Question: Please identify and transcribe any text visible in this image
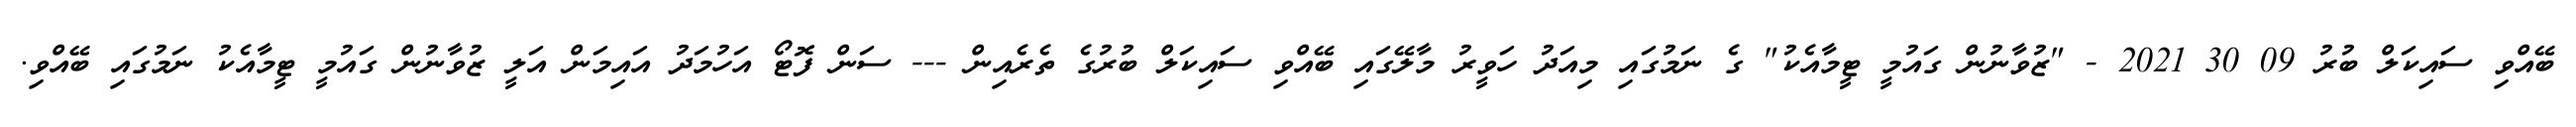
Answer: ބޭއްވި ސައިކަލް ބުރު 09 30 2021 - "ޒުވާނުން ގައުމީ ޓީމާއެކު" ގެ ނަމުގައި މިއަދު ހަވީރު މާލޭގައި ބޭއްވި ސައިކަލް ބުރުގެ ތެރެއިން --- ސަން ފޮޓޯ އަހުމަދު އައިމަން އަލީ ޒުވާނުން ގައުމީ ޓީމާއެކު ނަމުގައި ބޭއްވި.